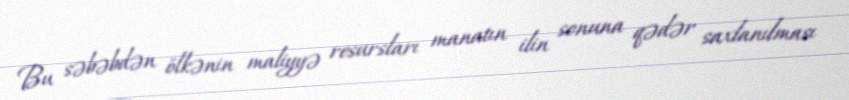
Bu səbəbdən ölkənin maliyyə resursları manatın ilin sonuna qədər saxlanılması